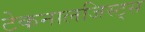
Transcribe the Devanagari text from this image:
टेकनालजिस्ट्‌स